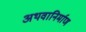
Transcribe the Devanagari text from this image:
अथवानिर्माण